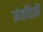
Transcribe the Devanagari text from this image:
अंतडिय़ों